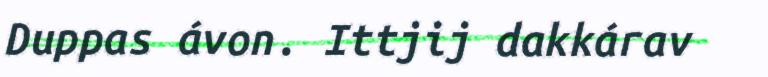
Duppas ávon. Ittjij dakkárav